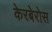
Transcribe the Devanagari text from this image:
केरबेरोस